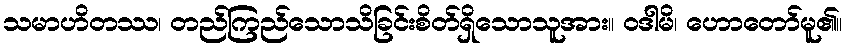
သမာဟိတဿ၊ တည်ကြည်သောသိခြင်းစိတ်ရှိသောသူအား။ ဝဒါမိ၊ ဟောတော်မူ၏။